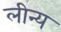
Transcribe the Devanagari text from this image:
लीन्य